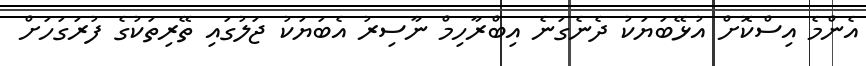
އެންމެ އިސްކޮށް އުޅޭބަޔަކު ދެނެގަނެ އިބްރާހިމް ނާސިރު އެބަޔަކު ޖަލުގައި ތޭރިތަކުގެ ފުރަގަހަށް